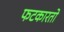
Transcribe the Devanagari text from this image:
फटकारतो